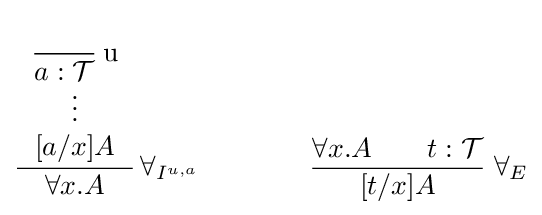
{\cfrac {\begin{array}{c}{\cfrac {}{a:{\mathcal {T}}}}{\text{ u}}\\\vdots \\{}[a/x]A\end{array}}{\forall x.A}}\;\forall _{I^{u,a}}\qquad \qquad {\frac {\forall x.A\qquad t:{\mathcal {T}}}{[t/x]A}}\;\forall _{E}